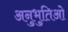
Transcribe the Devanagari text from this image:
अनुभुतिओ